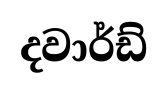
දවාර්ඩ්